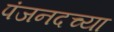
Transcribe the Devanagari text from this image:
पंजनदच्या